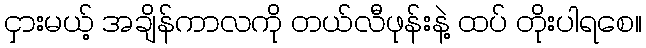
ငှားမယ့် အချိန်ကာလကို တယ်လီဖုန်းနဲ့ ထပ် တိုးပါရစေ။